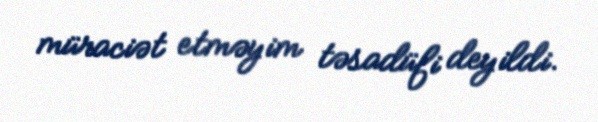
müraciət etməyim təsadüfi deyildi.